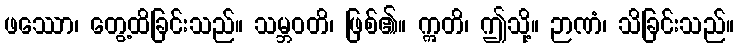
ဖဿော၊ တွေ့ထိခြင်းသည်။ သမ္ဘဝတိ၊ ဖြစ်၏။ ဣတိ၊ ဤသို့။ ဉာဏံ၊ သိခြင်းသည်။